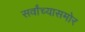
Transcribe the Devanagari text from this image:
सर्वांच्यासमोर